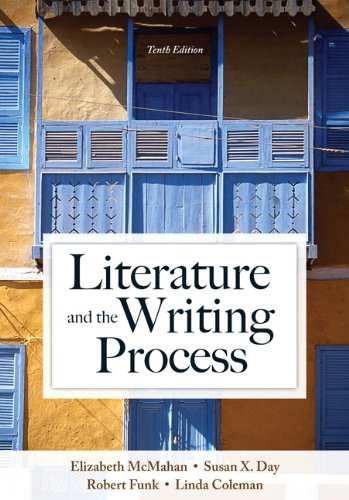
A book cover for Literature and the Writing Process (10th Edition); Elizabeth McMahan; Literature & Fiction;